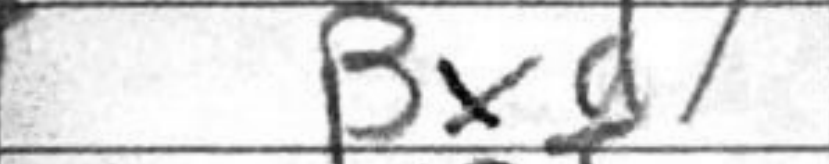
Transcription: Bxd7